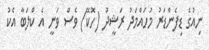
ނިއުގެ ޑިފެންޑަރު މުހައްމަދު ރަޝީދު (ހޮކޭ) ވެސް ވަނީ އެ ކްލަބާ އެކު